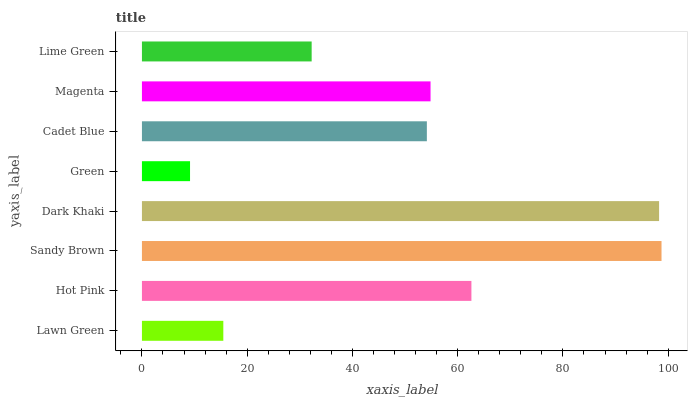
| yaxis_label | bars |
 | --- | --- |
 | Lawn Green | 15.5 |
 | Hot Pink | 62.6 |
 | Sandy Brown | 98.7 |
 | Dark Khaki | 98.3 |
 | Green | 9.14 |
 | Cadet Blue | 54.1 |
 | Magenta | 54.8 |
 | Lime Green | 32.3 |